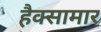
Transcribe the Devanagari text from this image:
हैक्सामार